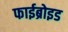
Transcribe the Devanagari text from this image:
फाईब्रोइड